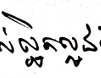
ល្អិតល្អន់